画像に写った文字を読んでください
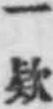
「一欵」と書いてあります